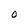
Character: O